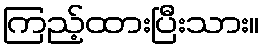
ကြည့်ထားပြီးသား။